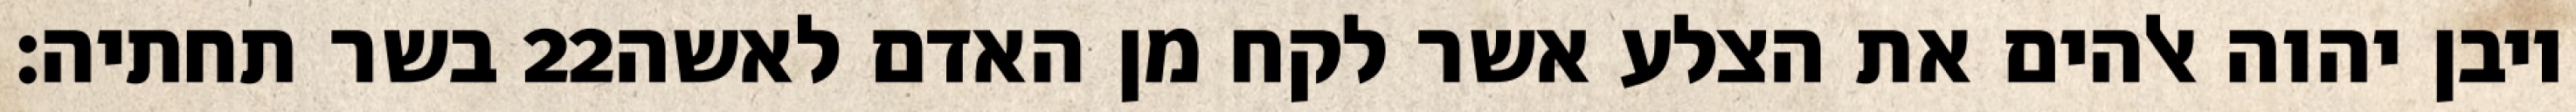
בשר תחתיה׃ ‎22‏ ויבן יהוה אלהים את הצלע אשר לקח מן האדם לאשה